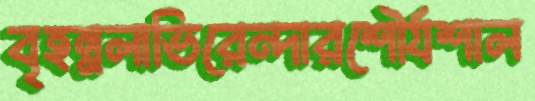
বৃহন্নলাভিরেন্দারশৌর্যশাল